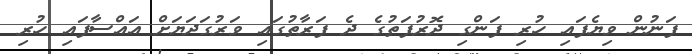
ފަނުން ވިޔެފައި ހުރި ފަންގި ދޮރުފަތުގެ ދެ ފަރާތުގައި ވަރުގަދަޔަށް އައްސާފައި ހުރި